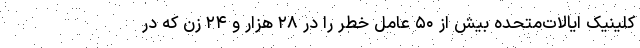
کلینیک ایالات‌متحده بیش از ۵۰ عامل خطر را در ۲۸ هزار و ۲۴ زن که در